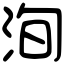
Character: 洵